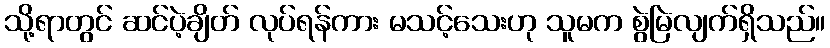
သို့ရာတွင် ဆင်ပဲ့ချိတ် လုပ်ရန်ကား မသင့်သေးဟု သူမက စွဲမြဲလျက်ရှိသည်။